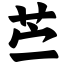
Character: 苎